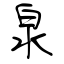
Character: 泉